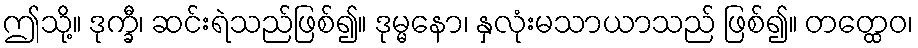
ဤသို့။ ဒုက္ခီ၊ ဆင်းရဲသည်ဖြစ်၍။ ဒုမ္မနော၊ နှလုံးမသာယာသည် ဖြစ်၍။ တတ္ထေဝ၊